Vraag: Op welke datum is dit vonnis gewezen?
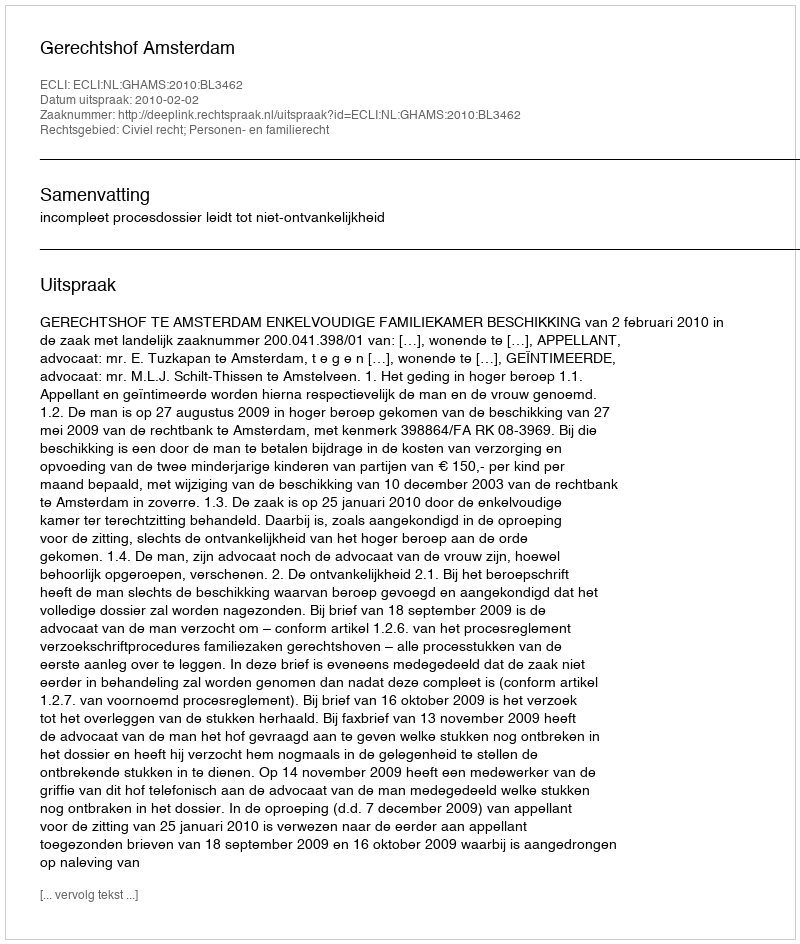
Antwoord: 2010-02-02